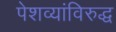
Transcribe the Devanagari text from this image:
पेशव्यांविरुद्ध